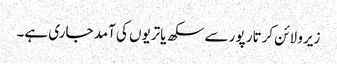
زیرو لائن کرتار پور سے سکھ یاتریوں کی آمد جاری ہے۔